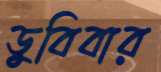
ডুবিবার